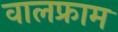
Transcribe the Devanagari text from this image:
वालफ्राम